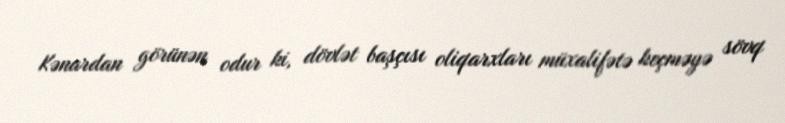
Kənardan görünən odur ki, dövlət başçısı oliqarxları müxalifətə keçməyə sövq